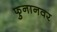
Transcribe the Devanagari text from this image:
फुनानवर